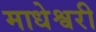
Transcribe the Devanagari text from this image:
माधेश्वरी